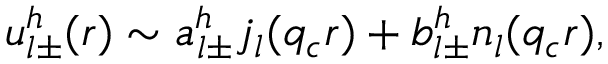
u _ { l \pm } ^ { h } ( r ) \sim a _ { l \pm } ^ { h } j _ { l } ( q _ { c } r ) + b _ { l \pm } ^ { h } n _ { l } ( q _ { c } r ) ,